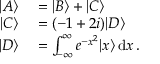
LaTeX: \begin{array} { r l } { | A \rangle } & { { } = | B \rangle + | C \rangle } \\ { | C \rangle } & { { } = ( - 1 + 2 i ) | D \rangle } \\ { | D \rangle } & { { } = \int _ { - \infty } ^ { \infty } e ^ { - x ^ { 2 } } | x \rangle \, \mathrm { d } x \, . } \end{array}